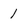
Character: 1